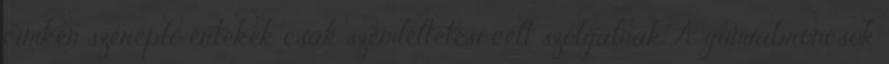
címkén szereplő értékek csak szemléltetési célt szolgálnak. A gumiabroncsok